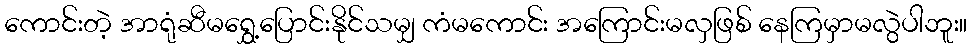
ကောင်းတဲ့ အာရုံဆီမရွှေ့ပြောင်းနိုင်သမျှ ကံမကောင်း အကြောင်းမလှဖြစ် နေကြမှာမလွဲပါဘူး။